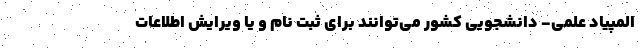
المپیاد علمی- دانشجویی کشور می‌توانند برای ثبت نام و یا ویرایش اطلاعات